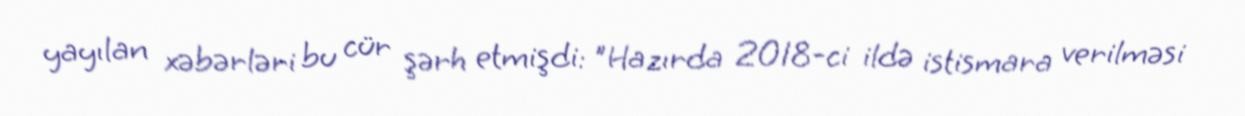
yayılan xəbərləri bu cür şərh etmişdi: "Hazırda 2018-ci ildə istismara verilməsi